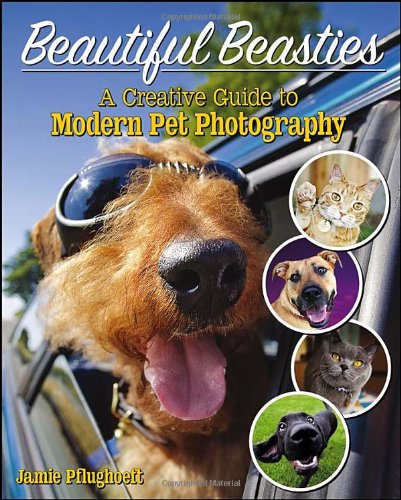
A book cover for Beautiful Beasties: A Creative Guide to Modern Pet Photography; Jamie Pflughoeft; Arts & Photography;